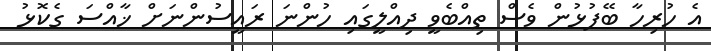
އެ ހުރިހާ ބޭފުޅުން ވެސް ތިއްބެވީ ދިއްލީގައި ހުންނަ ރައީސުންނަށް ޚާއްސަ ގެކޮޅު